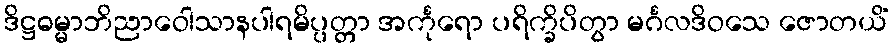
ဒိဋ္ဌဓမ္မာဘိညာဝေါသာနပါရမိပ္ပတ္တာ အင်္ကုရော ပရိက္ခိပိတွာ မင်္ဂလဒိဝသေ ဇောတယိံ